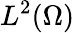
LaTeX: L^{2}(\Omega)